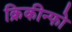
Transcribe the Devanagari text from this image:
क्रिकीन्फो